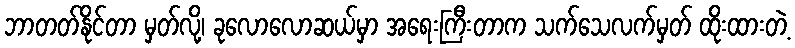
ဘာတတ်နိုင်တာ မှတ်လို့၊ ခုလောလောဆယ်မှာ အရေးကြီးတာက သက်သေလက်မှတ် ထိုးထားတဲ့